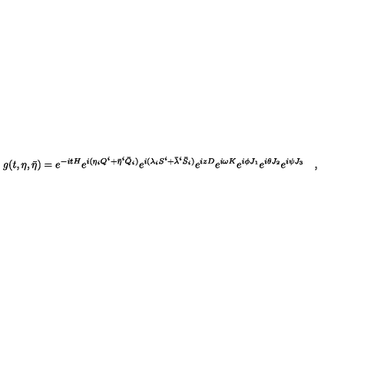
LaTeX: g ( t , \eta , \bar { \eta } ) = e ^ { - i t H } e ^ { i ( \eta _ { i } Q ^ { i } + \bar { \eta } ^ { i } \bar { Q } _ { i } ) } e ^ { i ( \lambda _ { i } S ^ { i } + \bar { \lambda } ^ { i } \bar { S } _ { i } ) } e ^ { i z D } e ^ { i \omega K } e ^ { i \phi J _ { 1 } } e ^ { i \theta J _ { 2 } } e ^ { i \psi J _ { 3 } } \quad ,